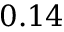
0 . 1 4